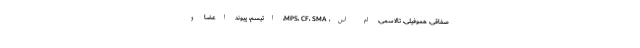
صفاقی، هموفیلی، تالاسمی، ام اس، MPS، CF، SMA، اتیسم، پیوند اعضا و